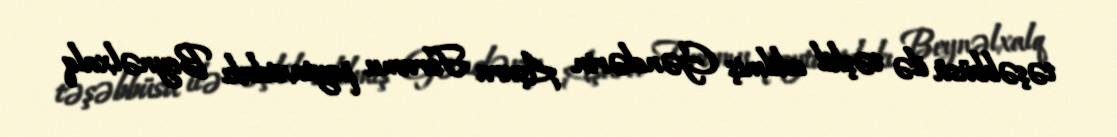
təşəbbüsü ilə təşkil edilmiş Gənclərin Aşura Forumu paytaxtdakı Beynəlxalq